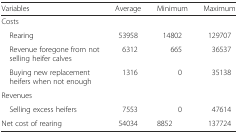
<table><thead><tr><td><b>Variables</b></td><td><b>Average</b></td><td><b>Minimum</b></td><td><b>Maximum</b></td></tr></thead><tbody><tr><td>Costs</td><td></td><td></td><td></td></tr><tr><td> Rearing</td><td>53958</td><td>14802</td><td>129707</td></tr><tr><td> Revenue foregone from not selling heifer calves</td><td>6312</td><td>665</td><td>36537</td></tr><tr><td> Buying new replacement heifers when not enough</td><td>1316</td><td>0</td><td>35138</td></tr><tr><td>Revenues</td><td></td><td></td><td></td></tr><tr><td> Selling excess heifers</td><td>7553</td><td>0</td><td>47614</td></tr><tr><td>Net cost of rearing</td><td>54034</td><td>8852</td><td>137724</td></tr></tbody></table>